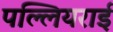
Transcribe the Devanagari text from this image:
पल्लियराई